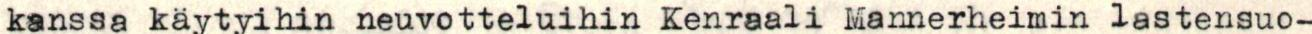
kanssa käytyihin neuvotteluihin Kenraali Mannerheimin lastensuo-